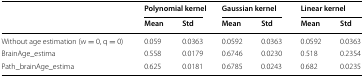
| <ROWSPAN=2>  | <COLSPAN=2> Polynomial kernel | <COLSPAN=2> Gaussian kernel | <COLSPAN=2> Linear kernel |
 | Mean | Std | Mean | Std | Mean | Std |
 | --- | --- | --- | --- | --- | --- | --- |
 | Without age estimation (w = 0, q = 0) | 0.059 | 0.0363 | 0.0592 | 0.0363 | 0.0592 | 0.0363 |
 | BrainAge_estima | 0.558 | 0.0179 | 0.6746 | 0.0230 | 0.518 | 0.2354 |
 | Path_brainAge_estima | 0.625 | 0.0181 | 0.6785 | 0.0243 | 0.682 | 0.0235 |